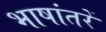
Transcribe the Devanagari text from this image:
भाषांतरें